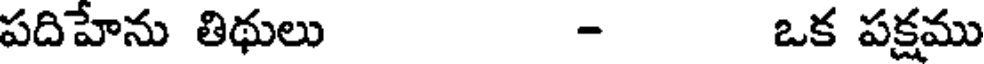
పదిహేను తిథులు - ఒక పక్షము